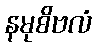
နမုစိဗလံ